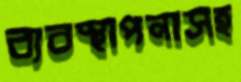
ব্যবস্থাপনাসহ